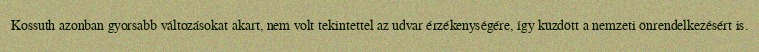
Kossuth azonban gyorsabb változásokat akart, nem volt tekintettel az udvar érzékenységére, így küzdött a nemzeti önrendelkezésért is.